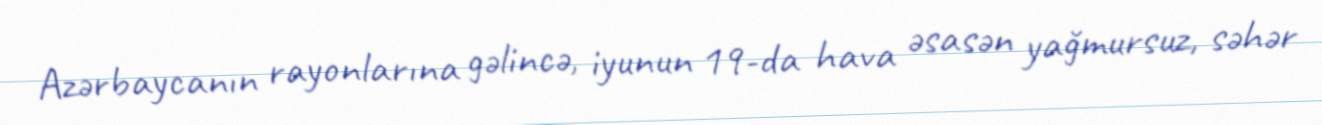
Azərbaycanın rayonlarına gəlincə, iyunun 19-da hava əsasən yağmursuz, səhər